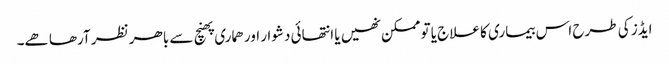
ایڈز کی طرح اس بیماری کا علاج یا تو ممکن نھیں یا انتھائی دشوار اور ھماری پھنچ سے باھر نظر آرھا ھے۔